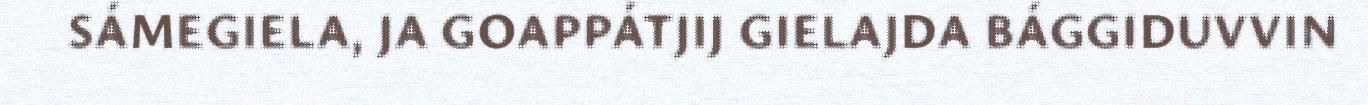
SÁMEGIELA, JA GOAPPÁTJIJ GIELAJDA BÁGGIDUVVIN